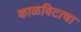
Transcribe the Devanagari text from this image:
काळविटाचा